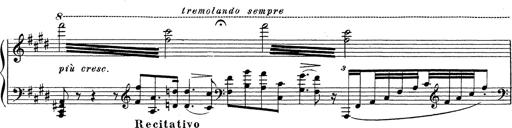
Title: Grosses Konzertsolo
Composer: Franz Liszt